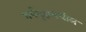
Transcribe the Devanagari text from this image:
गर्भगृहामधील